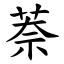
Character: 萘